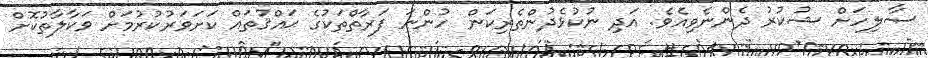
ޞާލިހަށް ޝުކުރު ދެންނެވިއެވެ. އަދި ނުކުޅެދުންތެރިކަން ހުންނަ ފަރާތްތަކުގެ ޙައްޤުތައް ކަށަވަރުކުރުމަށް ވަކާލާތުކޮށް